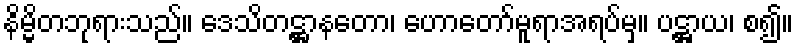
နိမ္မိတဘုရားသည်။ ဒေသိတဋ္ဌာနတော၊ ဟောတော်မူရာအရပ်မှ။ ပဋ္ဌာယ၊ စ၍။